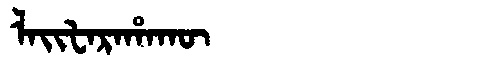
Manchu: ᠯᠠᡳᡶᠠᡵᠠᡥᠠᡴᡡ
Romanization: LAIFARAHAKŪ